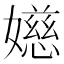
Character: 嬨